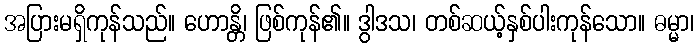
အပြားမရှိကုန်သည်။ ဟောန္တိ၊ ဖြစ်ကုန်၏။ ဒွါဒသ၊ တစ်ဆယ့်နှစ်ပါးကုန်သော။ ဓမ္မာ၊